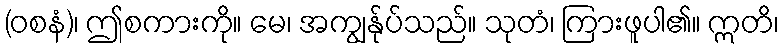
(ဝစနံ)၊ ဤစကားကို။ မေ၊ အကျွန်ုပ်သည်။ သုတံ၊ ကြားဖူပါ၏။ ဣတိ၊